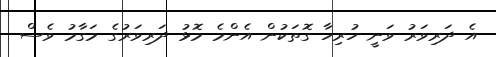
އެ ދަރިވަރު ވަނީ ހުރިހާ ގޮތަކުން އެންމެ މޮޅު ދަރިވަރުގެ މަގާމު ވެސް